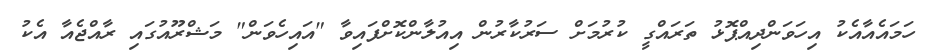
ހަމައެއާއެކު އިހަވަންދިއްޕޮޅު ތަރައްގީ ކުރުމަށް ސަރުކާރުން އިއުލާންކޮށްފައިވާ "އައިހެވަން" މަޝްރޫއުގައި ރާއްޖެއާ އެކު